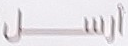
ارسل